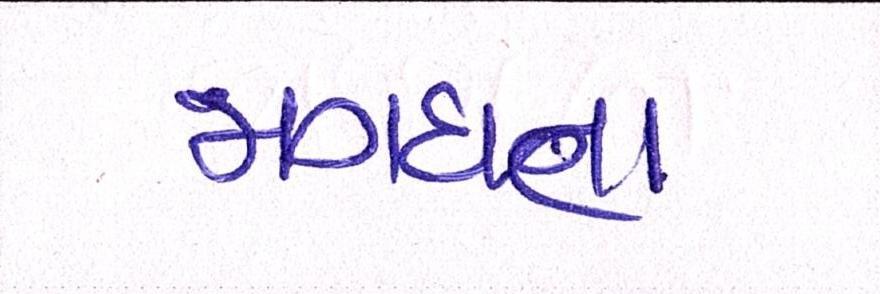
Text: મગધના